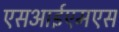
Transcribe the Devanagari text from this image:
एसआईएमएस